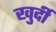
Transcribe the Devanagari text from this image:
खुर्दी